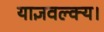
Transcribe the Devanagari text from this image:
याज्ञवल्क्य।